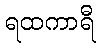
ရထကာရီ